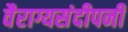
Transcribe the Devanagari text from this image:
वैराग्यसंदीपनी